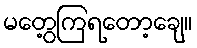
မတွေ့ကြရတော့ချေ။